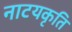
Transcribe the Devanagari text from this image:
नाटयकृति